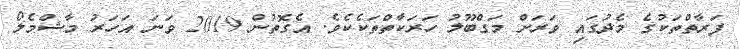
ފަރާތްތަކުގެ މެދުގައި ވަރަށް މަގްބޫލު ހަރަކާތްތަކެކެވެ. އެގޮތުން 2019 ވަނަ އަހަރު މާޝްމެލޯ